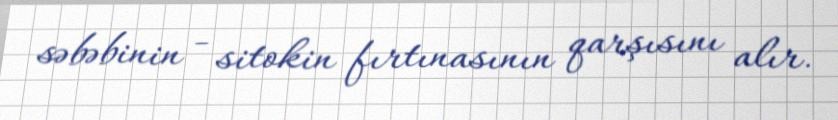
səbəbinin - sitokin fırtınasının qarşısını alır.